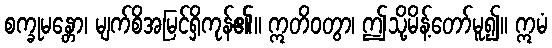
စက္ခုမန္တော၊ မျက်စိအမြင်ရှိကုန်၏။ ဣတိဝတွာ၊ ဤသို့မိန့်တော်မူ၍။ ဣမံ